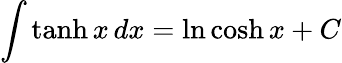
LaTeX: \int\operatorname{tanh}x\, dx=\ln\cosh x+C